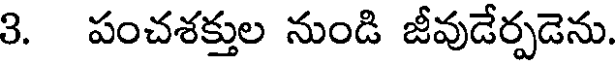
3. పంచశక్తుల నుండి జీవుడేర్పడెను.